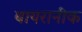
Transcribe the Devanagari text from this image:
बायरानीक